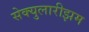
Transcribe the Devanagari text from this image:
सेक्युलारीझम